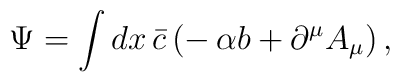
\Psi=\int dx\,\bar c\,\bigl(-\,\alpha b+\partial^\mu A_\mu\bigr)\,,